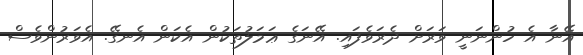
އޭނާ އެ ހުންނަނީ ވަރަށް ދެރަވެފައި. އޭނަގެ ޢަމަލުތަކުން އެކަން އެނގޭ. އެވަރުންވެސް